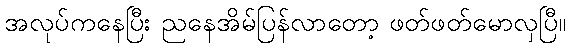
အလုပ်ကနေပြီး ညနေအိမ်ပြန်လာတော့ ဖတ်ဖတ်မောလှပြီ။